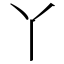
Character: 丫